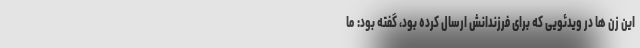
این زن ها در ویدئویی که برای فرزندانش ارسال کرده بود، گفته بود: ما